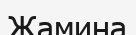
Жамина